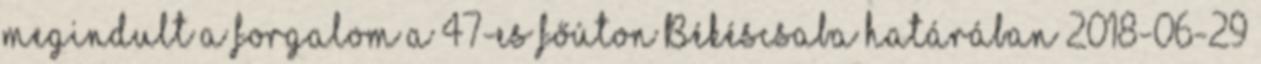
megindult a forgalom a 47-es főúton Békéscsaba határában 2018-06-29